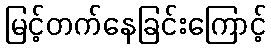
မြင့်တက်နေခြင်းကြောင့်